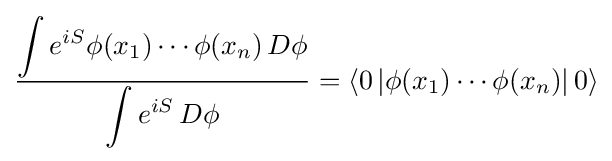
{\frac {\displaystyle \int e^{iS}\phi (x_{1})\cdots \phi (x_{n})\,D\phi }{\displaystyle \int e^{iS}\,D\phi }}=\left\langle 0\left|\phi (x_{1})\cdots \phi (x_{n})\right|0\right\rangle